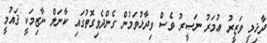
ދާޚިލީ ވަޒީރު ޢުމަރު ނަޞީރު ވެސް ވިދާޅުވަމުން ގެންދެވިގޮތުގައި ކާނަލް ނާޒިމަކީ ޤައުމީ